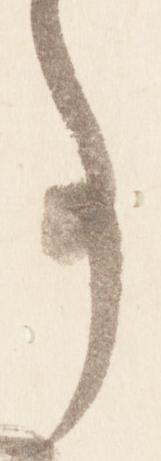
亊